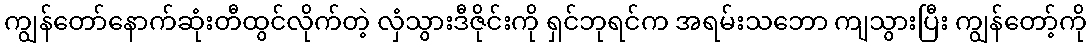
ကျွန်တော်နောက်ဆုံးတီထွင်လိုက်တဲ့ လှံသွားဒီဇိုင်းကို ရှင်ဘုရင်က အရမ်းသဘော ကျသွားပြီး ကျွန်တော့်ကို